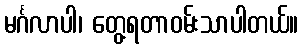
မင်္ဂလာပါ၊ တွေ့ရတာဝမ်းသာပါတယ်။